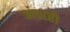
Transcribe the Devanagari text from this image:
अंचारी